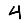
Digit: 4